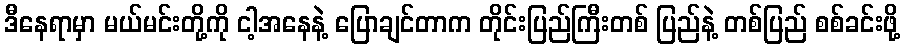
ဒီနေရာမှာ မယ်မင်းတို့ကို ငါ့အနေနဲ့ ပြောချင်တာက တိုင်းပြည်ကြီးတစ် ပြည်နဲ့ တစ်ပြည် စစ်ခင်းဖို့